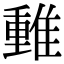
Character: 𨿿